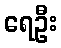
ရေဦး